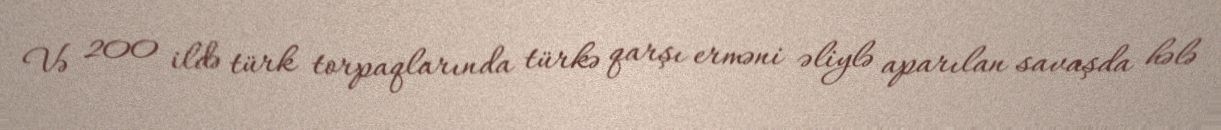
Və 200 ildə türk torpaqlarında türkə qarşı erməni əliylə aparılan savaşda hələ